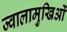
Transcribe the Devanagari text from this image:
ज्वालामुखिओं